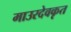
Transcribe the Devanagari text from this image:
माउरदेवकृत